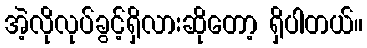
အဲ့လိုလုပ်ခွင့်ရှိလားဆိုတော့ ရှိပါတယ်။